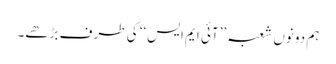
ہم دونوں شعبہ ’’آئی ایم ایس‘‘ کی طرف بڑھے۔